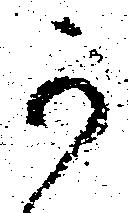
可